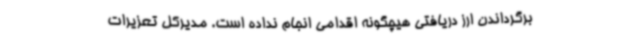
برگرداندن ارز دریافتی هیچگونه اقدامی انجام نداده است. مدیرکل تعزیرات